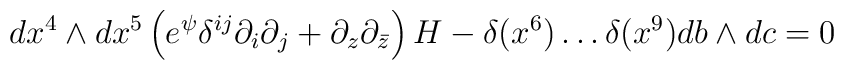
dx^4\wedge dx^5\left(e^{\psi}\delta^{ij} \partial_i \partial_j +\partial_z\partial_{\bar{z}} \right) H - \delta(x^6)\ldots \delta(x^9) db \wedge dc  = 0